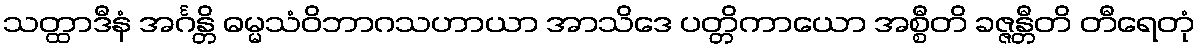
သတ္ထာဒီနံ အင်္ဂန္တိ ဓမ္မသံဝိဘာဂသဟာယာ အာသိဒေ ပတ္တိကာယော အစ္စီတိ ခဇ္ဇန္တီတိ တီရေတုံ